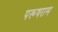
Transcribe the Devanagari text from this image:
परूषराम